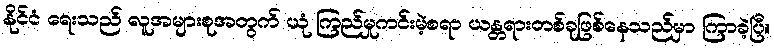
နိုင်ငံ ရေးသည် လူအများစုအတွက် ယုံ ကြည်မှုကင်းမဲ့စရာ ယန္တရားတစ်ခုဖြစ်နေသည်မှာ ကြာခဲ့ပြီ။